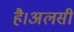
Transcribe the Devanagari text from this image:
है।अलसी